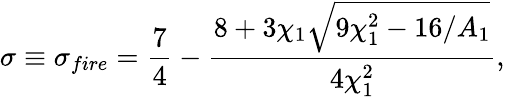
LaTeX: \sigma\equiv\sigma_{fire}=\frac{7}{4}-\frac{8+3\chi_{1}\sqrt{9\chi_{1}^{2}-16/A_{1}}}{4\chi_{1}^{2}},